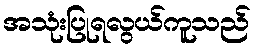
အသုံးပြုရလွယ်ကူသည်